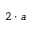
2 \cdot a